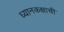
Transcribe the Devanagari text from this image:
ध्यानकक्षाची